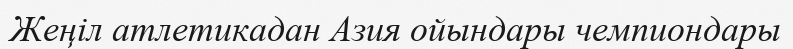
Жеңіл атлетикадан Азия ойындары чемпиондары